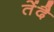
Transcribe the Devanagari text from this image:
तेंदै